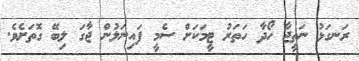
ރަނގަޅު ނަތީޖާ ހޯދާ ހަތަރު ޓީމަކަށް ސެމީ ފައިނަލުން ޖާގަ ލިބޭ ގޮތަށެވެ.